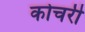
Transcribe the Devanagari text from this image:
कोचरी